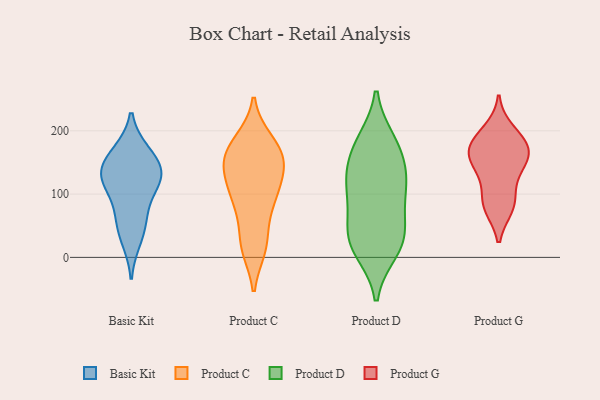
{"axis": {"x": "Backlog", "y": "Value"}, "legend": ["Basic Kit", "Product C", "Product D", "Product G"], "data": [{"x": "", "y": 136, "type": "Basic Kit"}, {"x": "", "y": 112, "type": "Basic Kit"}, {"x": "", "y": 28, "type": "Basic Kit"}, {"x": "", "y": 166, "type": "Basic Kit"}, {"x": "", "y": 133, "type": "Basic Kit"}, {"x": "", "y": 164, "type": "Basic Kit"}, {"x": "", "y": 54, "type": "Basic Kit"}, {"x": "", "y": 132, "type": "Basic Kit"}, {"x": "", "y": 70, "type": "Basic Kit"}, {"x": "", "y": 119, "type": "Basic Kit"}, {"x": "", "y": 17, "type": "Product C"}, {"x": "", "y": 175, "type": "Product C"}, {"x": "", "y": 146, "type": "Product C"}, {"x": "", "y": 91, "type": "Product C"}, {"x": "", "y": 156, "type": "Product C"}, {"x": "", "y": 181, "type": "Product C"}, {"x": "", "y": 22, "type": "Product C"}, {"x": "", "y": 106, "type": "Product C"}, {"x": "", "y": 147, "type": "Product C"}, {"x": "", "y": 92, "type": "Product C"}, {"x": "", "y": 139, "type": "Product C"}, {"x": "", "y": 184, "type": "Product C"}, {"x": "", "y": 68, "type": "Product C"}, {"x": "", "y": 154, "type": "Product C"}, {"x": "", "y": 112, "type": "Product C"}, {"x": "", "y": 15, "type": "Product C"}, {"x": "", "y": 129, "type": "Product D"}, {"x": "", "y": 12, "type": "Product D"}, {"x": "", "y": 164, "type": "Product D"}, {"x": "", "y": 176, "type": "Product D"}, {"x": "", "y": 182, "type": "Product D"}, {"x": "", "y": 99, "type": "Product D"}, {"x": "", "y": 33, "type": "Product D"}, {"x": "", "y": 59, "type": "Product D"}, {"x": "", "y": 113, "type": "Product D"}, {"x": "", "y": 28, "type": "Product D"}, {"x": "", "y": 116, "type": "Product D"}, {"x": "", "y": 24, "type": "Product D"}, {"x": "", "y": 137, "type": "Product G"}, {"x": "", "y": 200, "type": "Product G"}, {"x": "", "y": 80, "type": "Product G"}, {"x": "", "y": 174, "type": "Product G"}, {"x": "", "y": 185, "type": "Product G"}, {"x": "", "y": 158, "type": "Product G"}, {"x": "", "y": 166, "type": "Product G"}, {"x": "", "y": 88, "type": "Product G"}, {"x": "", "y": 84, "type": "Product G"}, {"x": "", "y": 138, "type": "Product G"}, {"x": "", "y": 171, "type": "Product G"}]}